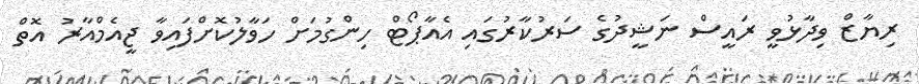
ރިޔާޒް ވިދާޅުވީ ރައީސް ނަޝީދުގެ ސަރުކާރުގައި އެއާޕޯޓް ހިންގުމަށް ހަވާލުކޮށްފައިވާ ޖީއެމްއާރު އޮތް